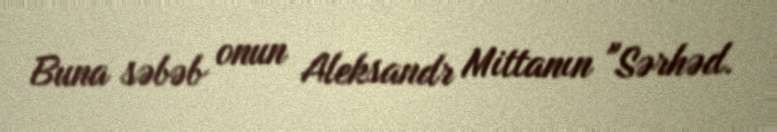
Buna səbəb onun Aleksandr Mittanın "Sərhəd.